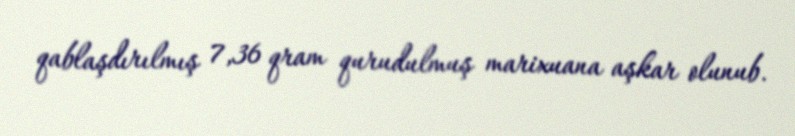
qablaşdırılmış 7,36 qram qurudulmuş marixuana aşkar olunub.